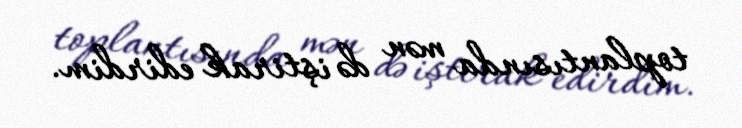
toplantısında mən də iştirak edirdim.